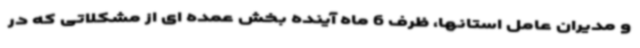
و مدیران عامل استانها، ظرف 6 ماه آینده بخش عمده ای از مشکلاتی که در